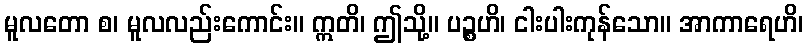
မူလတော စ၊ မူလလည်းကောင်း။ ဣတိ၊ ဤသို့။ ပဉ္စဟိ၊ ငါးပါးကုန်သော။ အာကာရေဟိ၊